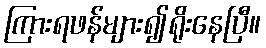
ကြားရဖန်များ၍ရိုးနေပြီ။